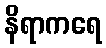
နိရာကရေ